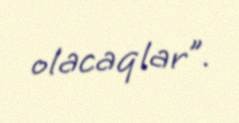
olacaqlar”.